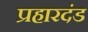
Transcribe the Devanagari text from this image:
प्रहारदंड